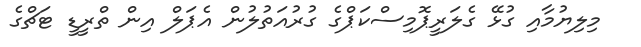
މިލިޔުމާއި ގުޅޭ ގެލަރީޕޮމިސްކަޕްގެ ގުރުއަތުލުން އެޕަލް އިން ތްރީޑީ ޓަޗްގެ